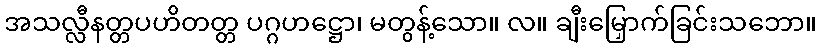
အသလ္လီနတ္တပဟိတတ္တ ပဂ္ဂဟဋ္ဌော၊ မတွန့်သော။ လ။ ချီးမြှောက်ခြင်းသဘော။